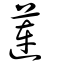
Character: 蓮